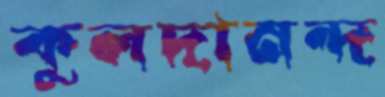
কুলদানন্দ